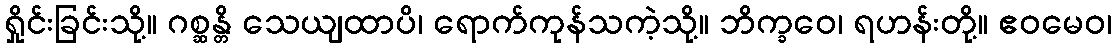
ရှိုင်းခြင်းသို့။ ဂစ္ဆန္တိ သေယျထာပိ၊ ရောက်ကုန်သကဲ့သို့။ ဘိက္ခဝေ၊ ရဟန်းတို့။ ဧဝမေဝ၊